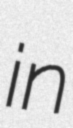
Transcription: in